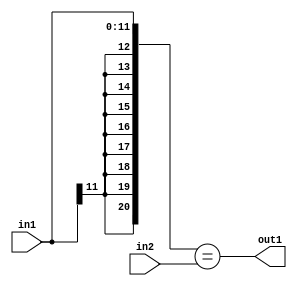
`timescale 1ps / 1ps
/*****************************************************************************
    Verilog RTL Description
    
    
    Created by: Stratus DpOpt 2019.1.01 
*******************************************************************************/

module st_feature_addr_gen_Equal_16Ux12S_1U_4_3 (
	in2,
	in1,
	out1
	); /* architecture "behavioural" */ 
input [15:0] in2;
input [11:0] in1;
output  out1;
wire  asc001;

assign asc001 = ({{9{in1[11]}}, in1}==in2);

assign out1 = asc001;
endmodule

/* CADENCE  ubL5TQs= : u9/ySgnWtBlWxVPRXgAZ4Og= ** DO NOT EDIT THIS LINE ******/